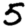
Digit: 5